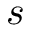
s